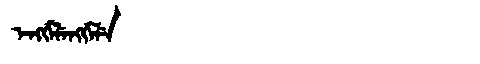
Manchu: ᡝᠩᡤᡝᠯᡝᠩᡤᡝᠯᡝ
Romanization: ENGGELENGGELE